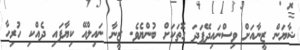
ޝާޔަން ޒީނާއަށް ވިސްނައިދޭފަދަ ގޮތަކަށް ބުންޔެވެ. ޒީނާ ނައިލްއޭ ކިޔާފައި ދެއްކި ހުރިހާ